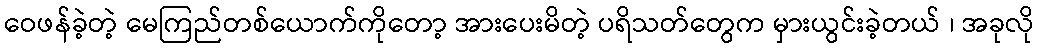
ဝေဖန်ခဲ့တဲ့ မေကြည်တစ်ယောက်ကိုတော့ အားပေးမိတဲ့ ပရိသတ်တွေက မှားယွင်းခဲ့တယ် ၊ အခုလို